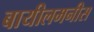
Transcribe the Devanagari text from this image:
बायीलमनीस